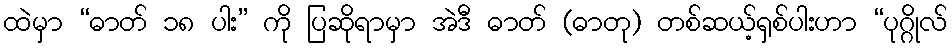
ထဲမှာ “ဓာတ် ၁၈ ပါး” ကို ပြဆိုရာမှာ အဲဒီ ဓာတ် (ဓာတု) တစ်ဆယ့်ရှစ်ပါးဟာ “ပုဂ္ဂိုလ်